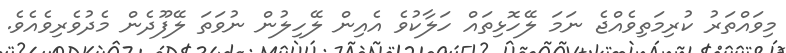
މިވައްތަރު ކުރިމަތިވެއްޖެ ނަމަ ލޭހޮޅިތައް ހަލާކުވެ އެއިން ލޭހިލުން ނުވަތަ ލޭފޫދެން މެދުވެރިވެއެވެ.